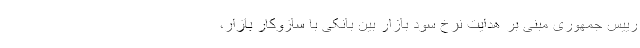
رییس جمهوری مبنی بر هدایت نرخ سود بازار بین بانکی با سازوکار بازار،